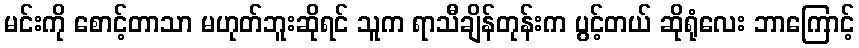
မင်းကို စောင့်တာသာ မဟုတ်ဘူးဆိုရင် သူက ရာသီချိန်တုန်းက ပွင့်တယ် ဆိုရုံလေး ဘာကြောင့်